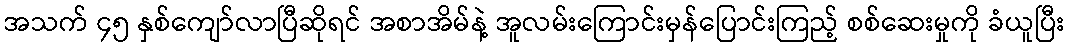
အသက် ၄၅ နှစ်ကျော်လာပြီဆိုရင် အစာအိမ်နဲ့ အူလမ်းကြောင်းမှန်ပြောင်းကြည့် စစ်ဆေးမှုကို ခံယူပြီး